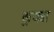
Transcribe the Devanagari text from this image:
कुक्या